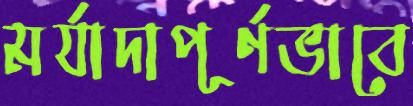
মর্যাদাপূর্ণভাবে